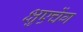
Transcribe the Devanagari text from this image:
क्षुएचेंग